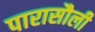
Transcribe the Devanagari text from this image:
पारासौली